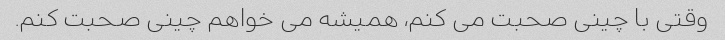
وقتی با چینی صحبت می کنم، همیشه می خواهم چینی صحبت کنم.